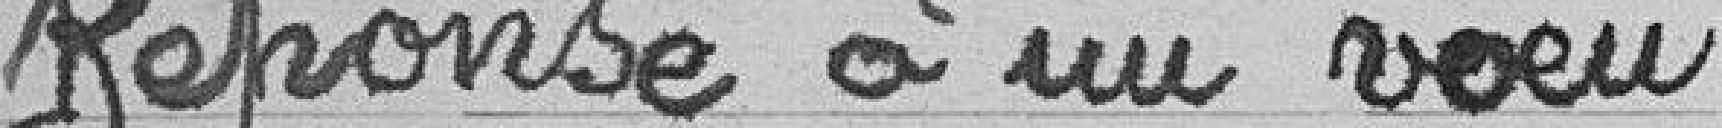
Réponse à un voeu